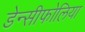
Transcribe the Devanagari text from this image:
डेन्सीफोलिया